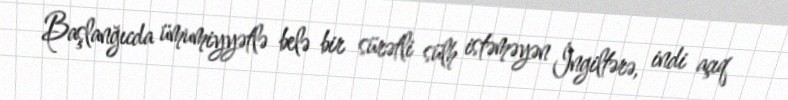
Başlanğıcda ümumiyyətlə belə bir sürətli sülh istəməyən İngiltərə, indi açıq